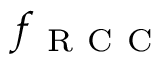
f _ { \mathrm { ~ R ~ C ~ C ~ } }